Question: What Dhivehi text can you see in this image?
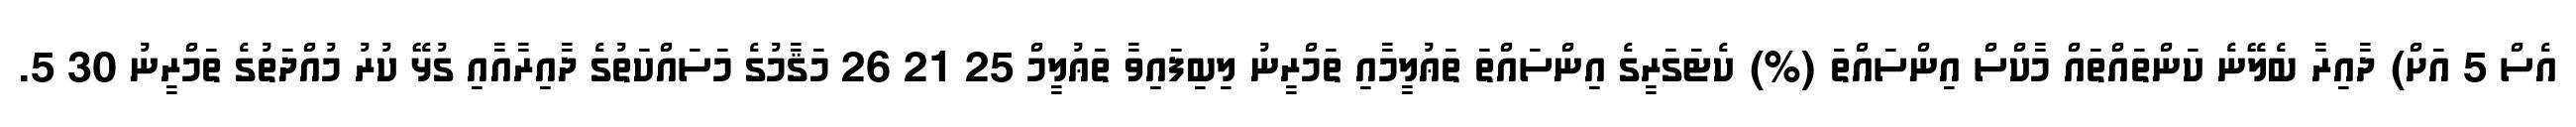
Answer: އެސް 5 އަށް) ދާއިރާ ބެލޭނެ ކަންތައްތައް މާކްސް އިންސައްތަ (%) ކެޓަގަރީގެ އިންސައްތަ ތަޢުލީމާއި ތަމްރީނު ލިބިފައިވާ ތަޢުލީމް 25 21 26 މަޤާމުގެ މަސައްކަތުގެ ދާއިރާއާއި ގުޅޭ ކުރު މުއްދަތުގެ ތަމްރީނު 30 5.